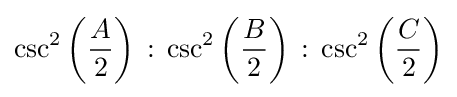
\csc ^{2}\left({\frac {A}{2}}\right)\,:\,\csc ^{2}\left({\frac {B}{2}}\right)\,:\,\csc ^{2}\left({\frac {C}{2}}\right)